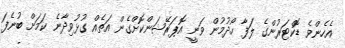
އެހެންވެ ޑޮކްޓަރުންގެ ލަފާ ހޯދުމުން ވަނީ އޮޕަރޭޝަންކޮށްގެން އަތެއް ގުޅުވިދާނެ ކަމަށް ބުނެފަ